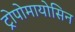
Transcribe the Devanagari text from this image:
ट्रोपोमायोसिन